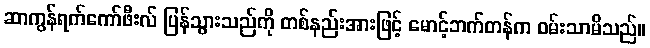
ဆာကွန်ရက်ကော်ဖီးလ် ပြန်သွားသည်ကို တစ်နည်းအားဖြင့် မောင့်ဘက်တန်က ဝမ်းသာမိသည်။